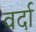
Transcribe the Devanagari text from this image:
वर्दा